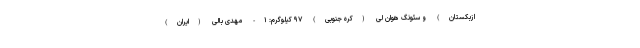
ازبکستان) و سئونگ هوان لی (کره جنوبی) ۹۷ کیلوگرم: ۱- مهدی بالی (ایران)